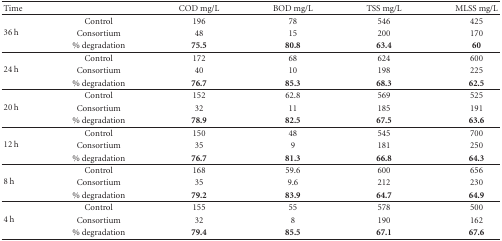
<table><thead><tr><td><b>Time</b></td><td></td><td><b>COD mg/L</b></td><td><b> BOD mg/L</b></td><td><b>TSS mg/L</b></td><td><b>MLSS mg/L</b></td></tr></thead><tbody><tr><td rowspan="3">36 h</td><td>Control</td><td>196</td><td>78</td><td>546</td><td>425</td></tr><tr><td>Consortium</td><td>48</td><td>15</td><td>200</td><td>170</td></tr><tr><td>% degradation</td><td><b>75.5</b></td><td><b>80.8</b></td><td><b>63.4</b></td><td><b>60</b></td></tr><tr><td rowspan="3">24 h</td><td>Control</td><td>172</td><td>68</td><td>624</td><td>600</td></tr><tr><td>Consortium</td><td>40</td><td>10</td><td>198</td><td>225</td></tr><tr><td>% degradation</td><td><b>76.7</b></td><td><b>85.3</b></td><td><b>68.3</b></td><td><b>62.5</b></td></tr><tr><td rowspan="3">20 h</td><td>Control</td><td>152</td><td>62.8</td><td>569</td><td>525</td></tr><tr><td>Consortium</td><td>32</td><td>11</td><td>185</td><td>191</td></tr><tr><td>% degradation</td><td><b>78.9</b></td><td><b>82.5</b></td><td><b>67.5</b></td><td><b>63.6</b></td></tr><tr><td rowspan="3">12 h</td><td>Control</td><td>150</td><td>48</td><td>545</td><td>700</td></tr><tr><td>Consortium</td><td>35</td><td>9</td><td>181</td><td>250</td></tr><tr><td>% degradation</td><td><b>76.7</b></td><td><b>81.3</b></td><td><b>66.8</b></td><td><b>64.3</b></td></tr><tr><td rowspan="3">8 h</td><td>Control</td><td>168</td><td>59.6</td><td>600</td><td>656</td></tr><tr><td>Consortium</td><td>35</td><td>9.6</td><td>212</td><td>230</td></tr><tr><td>% degradation</td><td><b>79.2</b></td><td><b>83.9</b></td><td><b>64.7</b></td><td><b>64.9</b></td></tr><tr><td rowspan="3">4 h</td><td>Control</td><td>155</td><td>55</td><td>578</td><td>500</td></tr><tr><td>Consortium</td><td>32</td><td>8</td><td>190</td><td>162</td></tr><tr><td>% degradation</td><td><b>79.4</b></td><td><b>85.5</b></td><td><b>67.1</b></td><td><b>67.6</b></td></tr></tbody></table>